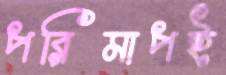
পরিমাপই